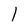
Character: 1